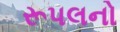
રૂપલનો